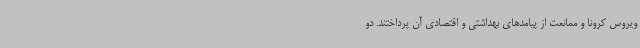
ویروس کرونا و ممانعت از پیامدهای بهداشتی و اقتصادی آن پرداختند. دو